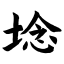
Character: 埝